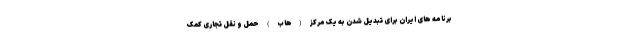
برنامه های ایران برای تبدیل شدن به یک مرکز (هاب) حمل و نقل تجاری کمک